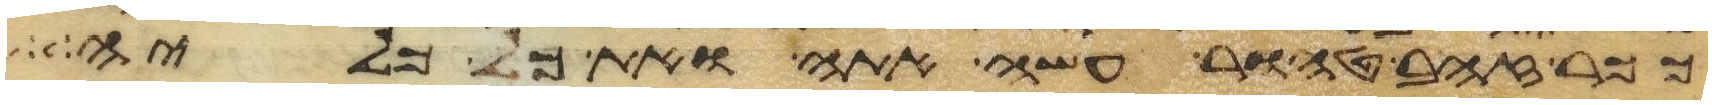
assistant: ככר זהב טהור עשה אתה ואת כל כליה